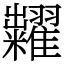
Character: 糶